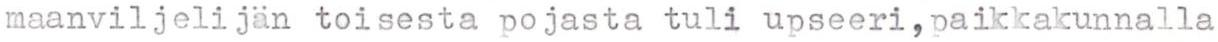
maanviljelijän toisesta pojasta tuli upseeri,paikkakunnalla